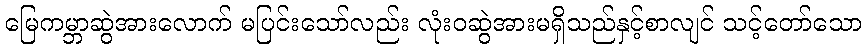
မြေကမ္ဘာဆွဲအားလောက် မပြင်းသော်လည်း လုံးဝဆွဲအားမရှိသည်နှင့်စာလျင် သင့်တော်သော